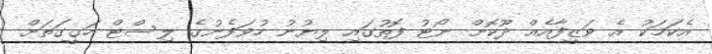
އެކަމަކު އެ ވަޒީފާއެއް ދޫކޮށް ނޯޓު ފޮތުގައި ލިޔުނު ހުވަފެނުގެ ލިސްޓް ހަގީގަތަށް